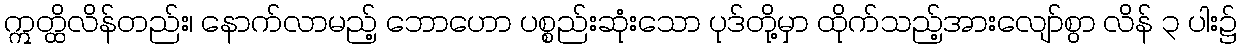
ဣတ္ထိလိန်တည်း၊ နောက်လာမည့် ဘောဟော ပစ္စည်းဆုံးသော ပုဒ်တို့မှာ ထိုက်သည့်အားလျော်စွာ လိန် ၃ ပါး၌